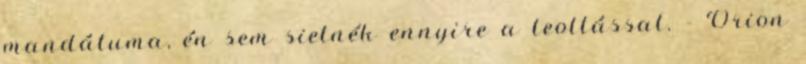
mandátuma, én sem sietnék ennyire a leoltással. - Orion